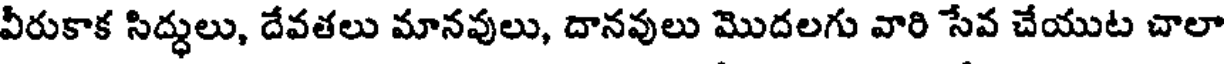
వీరుకాక సిద్ధులు, దేవతలు మానవులు, దానవులు మొదలగు వారి సేవ చేయుట చాలా